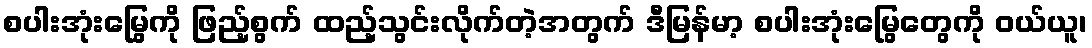
စပါးအုံးမြွေကို ဖြည့်စွက် ထည့်သွင်းလိုက်တဲ့အတွက် ဒီမြန်မာ့ စပါးအုံးမြွေတွေကို ဝယ်ယူ၊